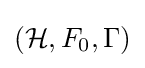
({\mathcal {H}},F_{0},\Gamma )